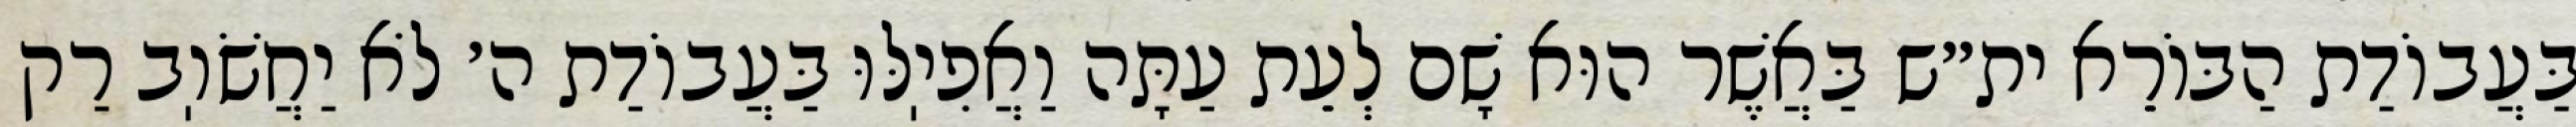
בַּעֲבוֹדַת הַבּוֹרֵא ית״ש בַּאֲשֶׁר הוּא שָׁם לְעֵת עַתָּה וַאֲפִיֽלּוּ בַּעֲבוֹדַת ה׳ לֹא יַחֲשֹׁוֽב רַק